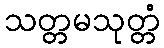
သတ္တမသုတ္တံ